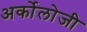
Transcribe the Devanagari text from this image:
अर्कोलोजी